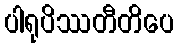
ပါရုပိဿတီတိပေ